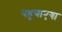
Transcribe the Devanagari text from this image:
पहुचाएगा